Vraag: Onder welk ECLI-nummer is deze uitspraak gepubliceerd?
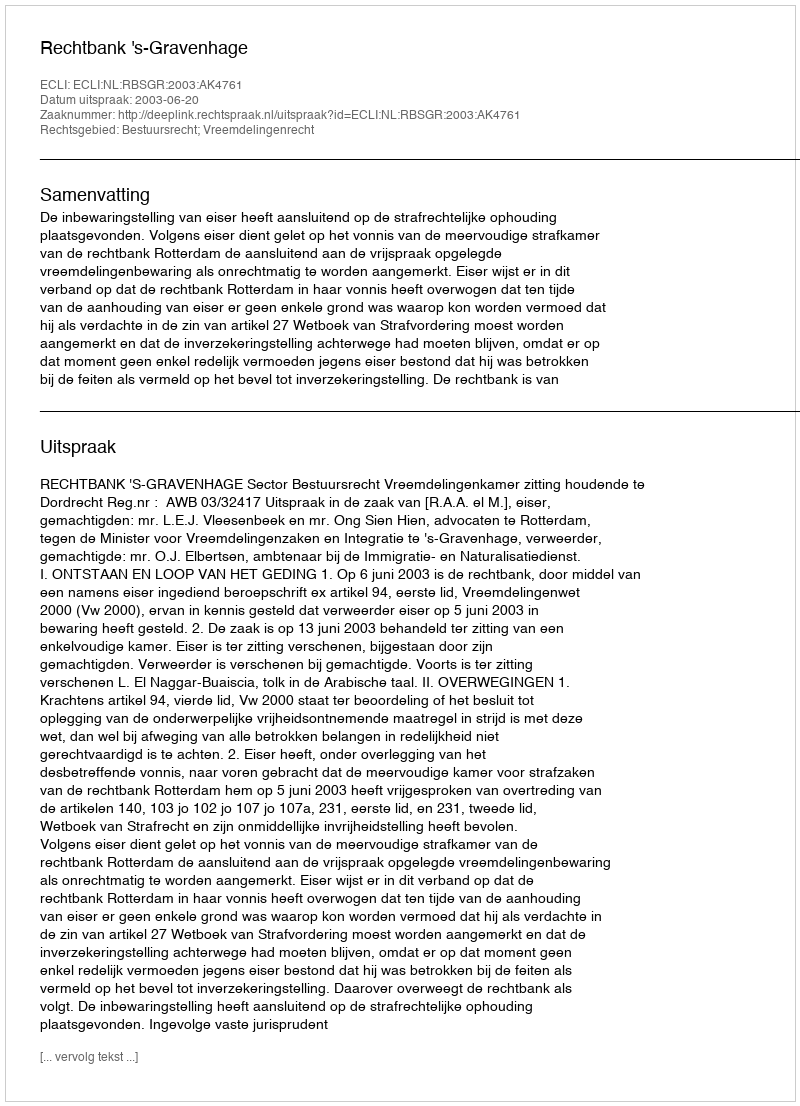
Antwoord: ECLI:NL:RBSGR:2003:AK4761